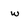
Character: w